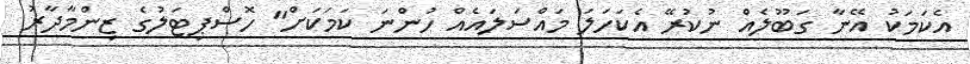
އެކަމަކު އޭނާ ގަބޫލެއް ނުކުރޭ އެކަހަލަ މައްސަލައެއް ހުންނަ ކަމަކަށް" ހޮސްޕިޓަލުގެ ޒިންމާދާރު